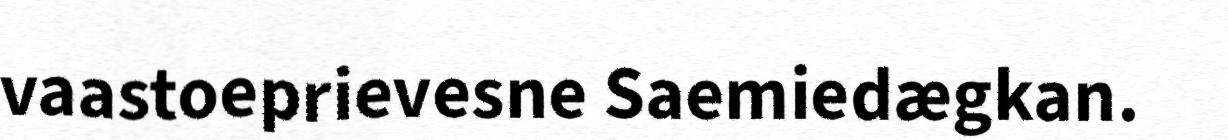
vaastoeprievesne Saemiedægkan.